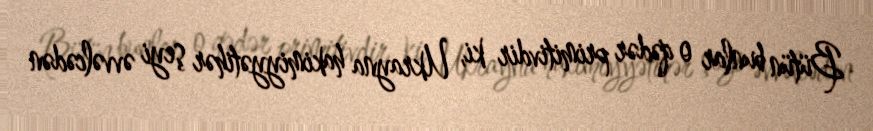
Bütün bunlar o qədər primitivdir ki, Ukrayna hakimiyyətihər şeyi əvvəlcədən